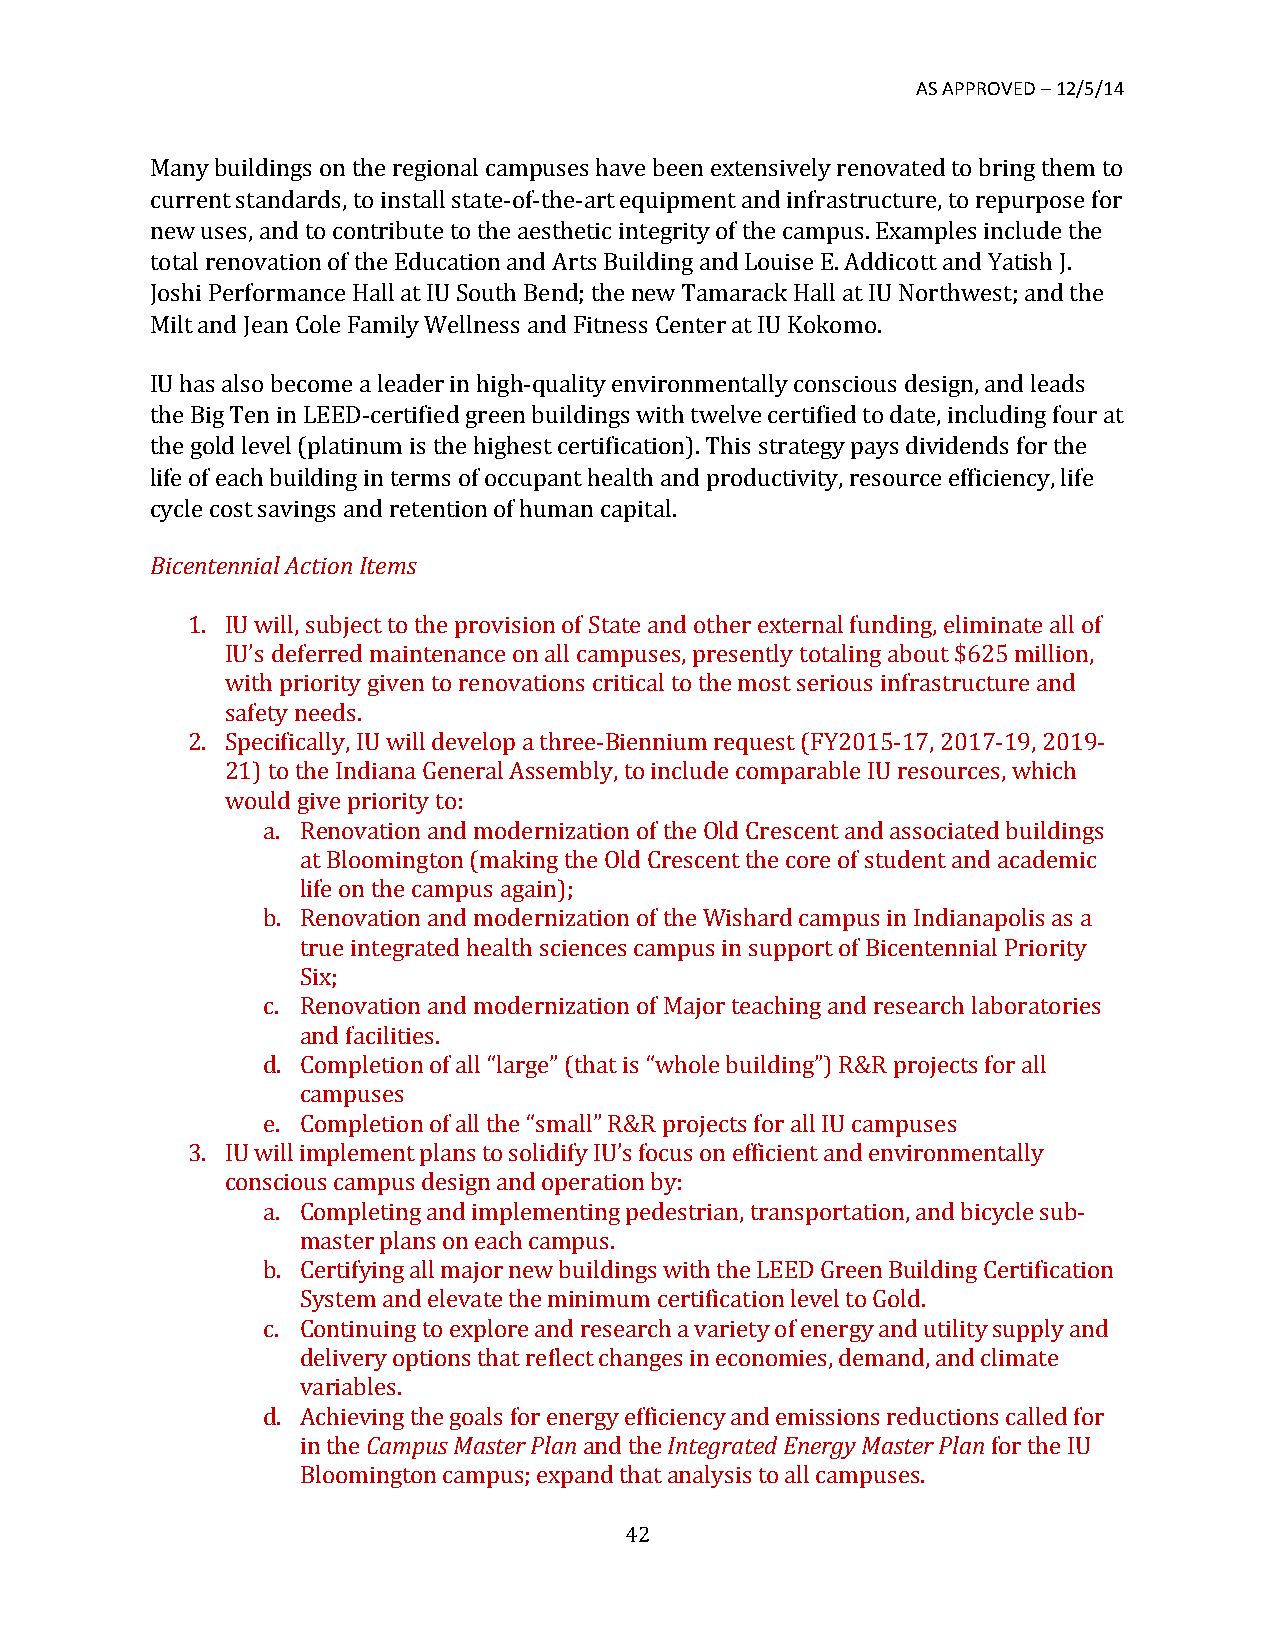
AS APPROVED – 12/5/14
 Many buildings on the regional campuses have been extensively renovated to bring them to
 current standards, to install state-­‐of-­‐the-­‐art equipment and infrastructure, to repurpose for
 new uses, and to contribute to the aesthetic integrity of the campus. Examples include the
 total renovation of the Education and Arts Building and Louise E. Addicott and Yatish J.
 Joshi Performance Hall at IU South Bend; the new Tamarack Hall at IU Northwest; and the
 Milt and Jean Cole Family Wellness and Fitness Center at IU Kokomo.
 IU has also become a leader in high-­‐quality environmentally conscious design, and leads
 the Big Ten in LEED-­‐certified green buildings with twelve certified to date, including four at
 the gold level (platinum is the highest certification). This strategy pays dividends for the
 life of each building in terms of occupant health and productivity, resource efficiency, life
 cycle cost savings and retention of human capital.
 Bicentennial Action Items
 1. IU will, subject to the provision of State and other external funding, eliminate all of
 IU’s deferred maintenance on all campuses, presently totaling about $625 million,
 with priority given to renovations critical to the most serious infrastructure and
 safety needs.
 2. Specifically, IU will develop a three-­‐Biennium request (FY2015-­‐17, 2017-­‐19, 2019-­‐
 21) to the Indiana General Assembly, to include comparable IU resources, which
 would give priority to:
 a. Renovation and modernization of the Old Crescent and associated buildings
 at Bloomington (making the Old Crescent the core of student and academic
 life on the campus again);
 b. Renovation and modernization of the Wishard campus in Indianapolis as a
 true integrated health sciences campus in support of Bicentennial Priority
 Six;
 c. Renovation and modernization of Major teaching and research laboratories
 and facilities.
 d. Completion of all “large” (that is “whole building”) R&R projects for all
 campuses
 e. Completion of all the “small” R&R projects for all IU campuses
 3. IU will implement plans to solidify IU’s focus on efficient and environmentally
 conscious campus design and operation by:
 a. Completing and implementing pedestrian, transportation, and bicycle sub-­‐
 master plans on each campus.
 b. Certifying all major new buildings with the LEED Green Building Certification
 System and elevate the minimum certification level to Gold.
 c. Continuing to explore and research a variety of energy and utility supply and
 delivery options that reflect changes in economies, demand, and climate
 variables.
 d. Achieving the goals for energy efficiency and emissions reductions called for
 in the Campus Master Plan and the Integrated Energy Master Plan for the IU
 Bloomington campus; expand that analysis to all campuses.
 42